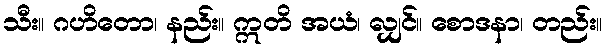
သီး။ ဂဟိတော၊ နည်း။ ဣတိ အယံ၊ လျှင်။ စောဒနာ၊ တည်း။